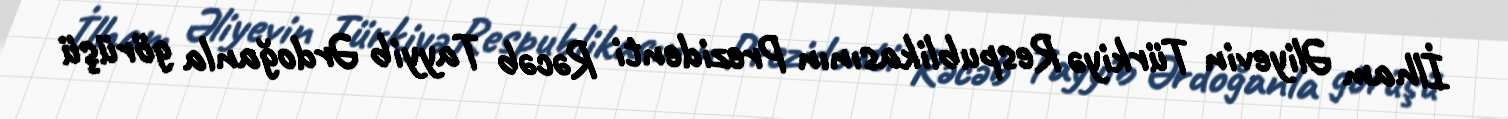
İlham Əliyevin Türkiyə Respublikasının Prezidenti Rəcəb Tayyib Ərdoğanla görüşü